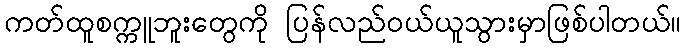
ကတ်ထူစက္ကူဘူးတွေကို ပြန်လည်ဝယ်ယူသွားမှာဖြစ်ပါတယ်။